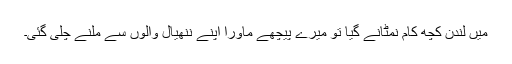
میں لندن کچھ کام نمٹانے گیا تو میرے پیچھے ماورا اپنے ننھیال والوں سے ملنے چلی گئی۔